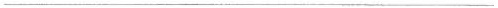
___